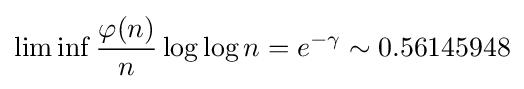
\lim \inf {\frac {\varphi (n)}{n}}\log \log n=e^{-\gamma }\sim 0.56145948